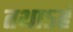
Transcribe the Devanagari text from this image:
तथाऽहं